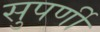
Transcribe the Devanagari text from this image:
सुपर्णी